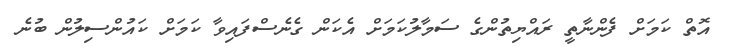
އޮތް ކަމަށް ފެންނާތީ ރައްޔިތުންގެ ސަމާލުކަމަށް އެކަން ގެނެސްފައިވާ ކަމަށް ކައުންސިލުން ބުނެ